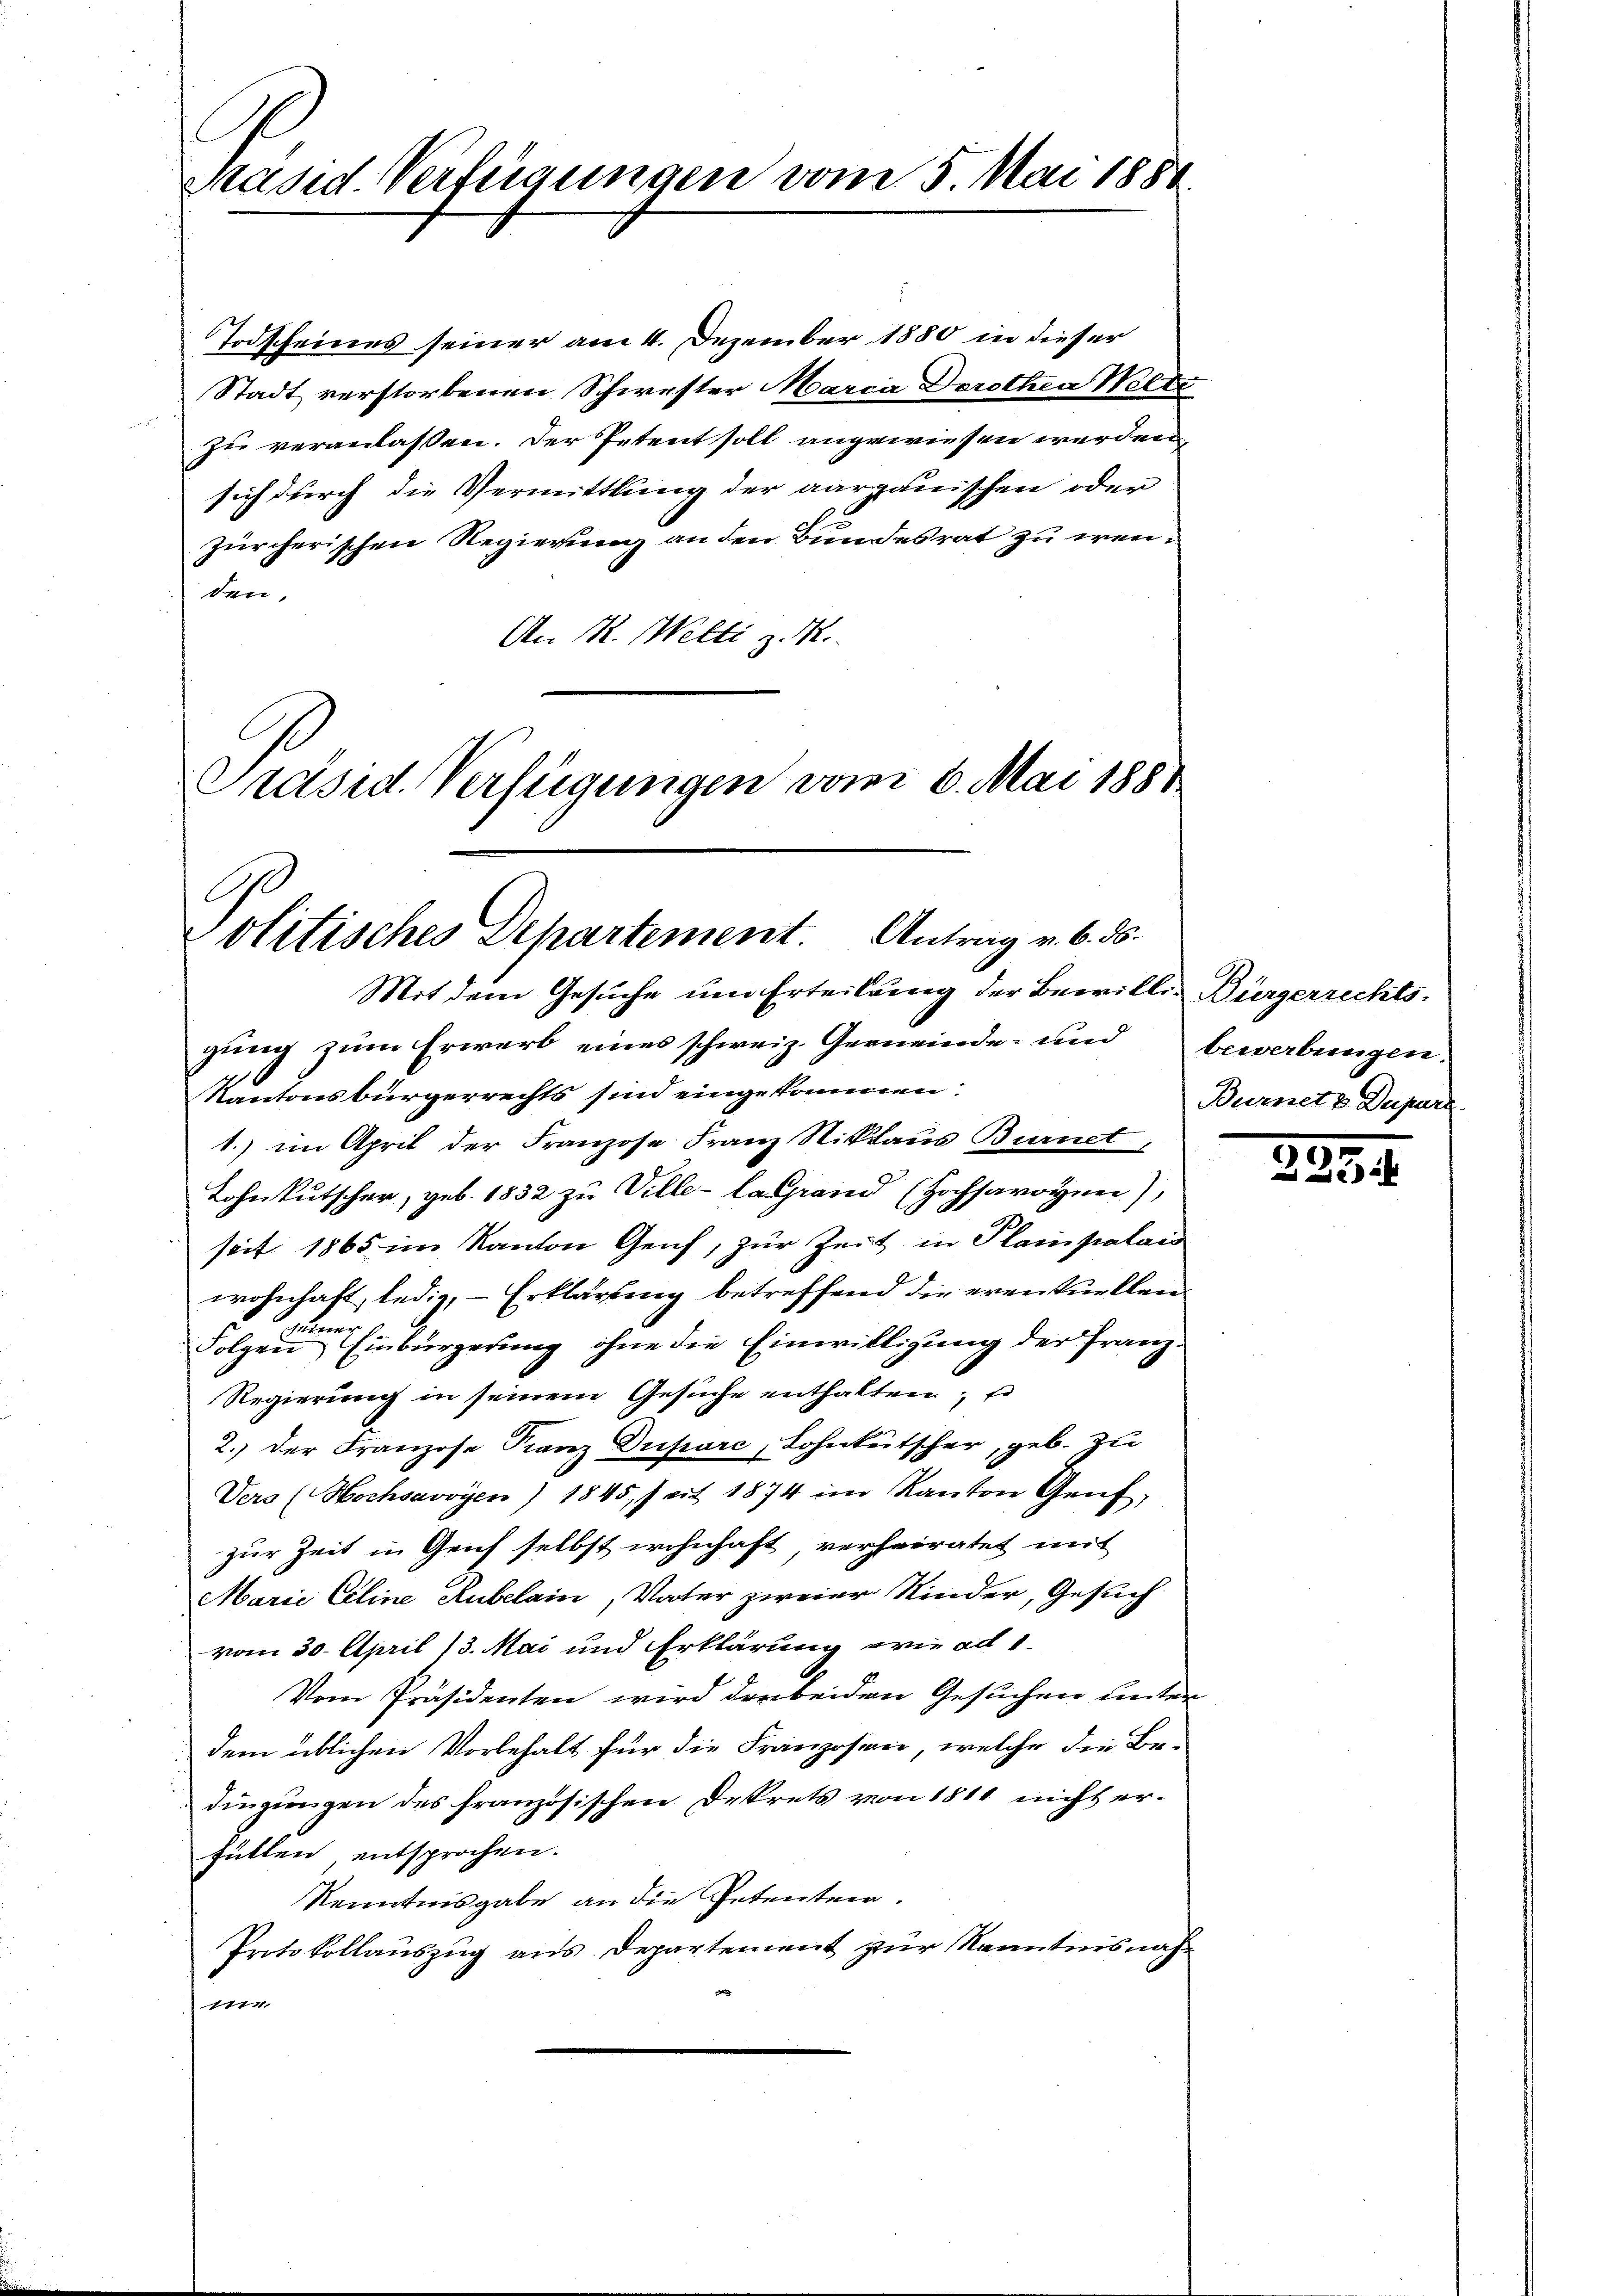
Präsid. Verfügungen vom 5. Mai 185.

Todscheines seiner am 4. Dezember 1880 in dieser
Stadt verstorbenen Schwester Marca Dorothea Welti
zu veranlassen. Der Petent soll angewiesen werden,
sich durch die Vermittlung der aargauischen oder
zürcherischen Regierung an den Bundesrat zu wenden,
An K. Welti z. M.
Präsid. Verfügungen vom 6. Mai 1888

politisches Departement. Antrag v. 6. ds.
Mit dem Gesuche um Erteilung der Bewille Bürgerrechts-

gung zum Erwerb eines schweiz. Gemeinde- und bewerbungen.
Kantonsbürgerrechts sind eingekommen.
1.) im April der Franzose Franz Niklaus Burnet,
Lohnkutscher, geb. 1832 zu Ville-lagrand (Hochsavoyen),
seit 1865 im Kanton Genf, zur Zeit in Plainpalai
wohnhaft, ledig, – Erklärung betreffend die eventuellen
zumer 6.
Folgen Einbürgerung ohne die Einwilligung der Franz¬
Regierung in seinem Gesuche enthalten;
2.) Der Franzose Franz Duparc, Lohnkutscher, geb. zu
Vers (Hochsavoyen) 1845, seit 1874 im Kanton Genf,
zur Zeit in Geich selbst wohnhaft verheiratet mit
Marie Cline Rubelain, Vater zweier Kinder, Gesuch
vom 30. April 13. Mai und Erklärung wie ad 1.
Vom Präsidenten wird der beiden Gesuchen unter
dem üblichen Vorbehalt für die Franzosen, welche die Be-
dingungen des französischen Dekrets von 1811 nicht erfüllen entsprochen.
Kenntnisgabe an die Petenten.
Protokollauszug aus Departement zur Kenntnisnah¬
1774.

Burnet & Dupar

.
223)